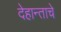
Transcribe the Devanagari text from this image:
देहान्ताचे